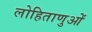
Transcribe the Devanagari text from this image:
लोहिताणुओं